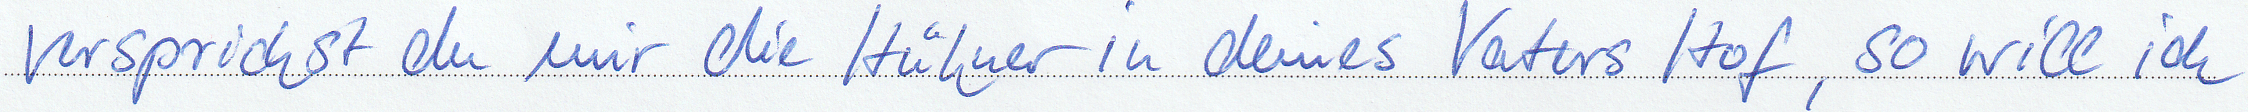
versprichst du mir die Hühner in deines Vaters Hof, so will ich